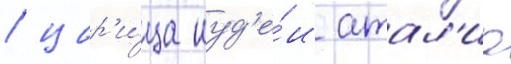
/ цар'и́ца иуд'е́и атал'иа